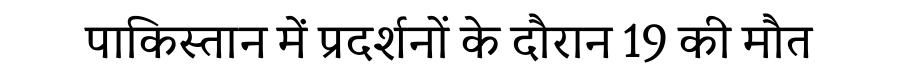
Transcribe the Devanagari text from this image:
पाकिस्तान में प्रदर्शनों के दौरान 19 की मौत